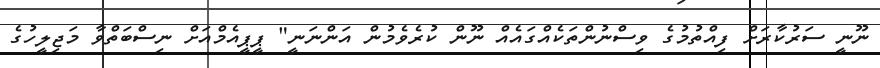
ނޫނީ ސަރުކާރަށް ފިއްތުމުގެ ވިސްނުންތަކެއްގައެއް ނޫން ކުރެވެމުން އަންނަނީ" ޕީޕީއެމްއަށް ނިސްބަތްވާ މަޖިލީހުގެ